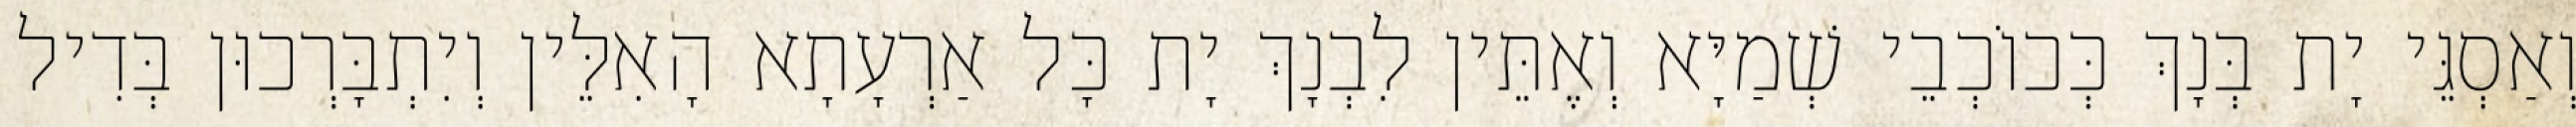
וְאַסְגֵּי יָת בְּנָךְ כְּכוֹכְבֵי שְׁמַיָּא וְאֶתֵּין לִבְנָךְ יָת כָּל אַרְעָתָא הָאִלֵּין וְיִתְבָּרְכוּן בְּדִיל